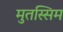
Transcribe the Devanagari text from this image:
मुतस्सिम